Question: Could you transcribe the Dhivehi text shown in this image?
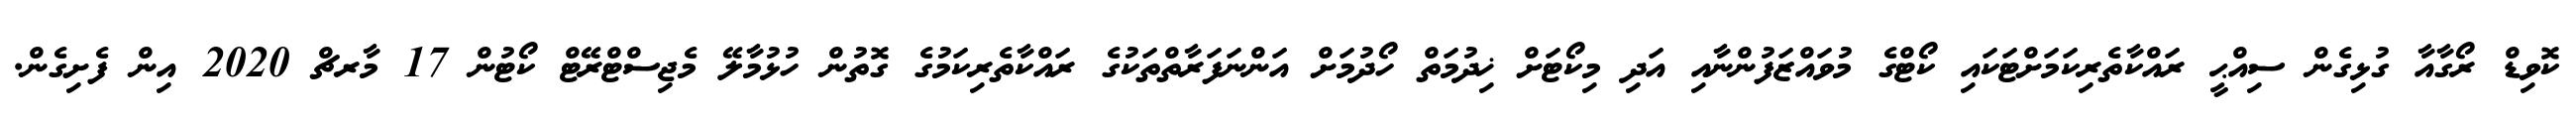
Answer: ކޮވިޑް ރޯގާއާ ގުޅިގެން ސިއްޙީ ރައްކާތެރިކަމަށްޓަކައި ކޯޓްގެ މުވައްޒަފުންނާއި އަދި މިކޯޓަށް ޚިދުމަތް ހޯދުމަށް އަންނަފަރާތްތަކުގެ ރައްކާތެރިކަމުގެ ގޮތުން ހުޅުމާލޭ މެޖިސްޓްރޭޓް ކޯޓުން 17 މާރޗް 2020 އިން ފެށިގެން.